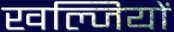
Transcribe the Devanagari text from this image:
खल्जियों